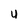
Character: U